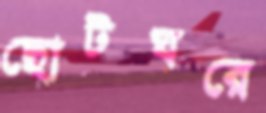
ছোটঘরে